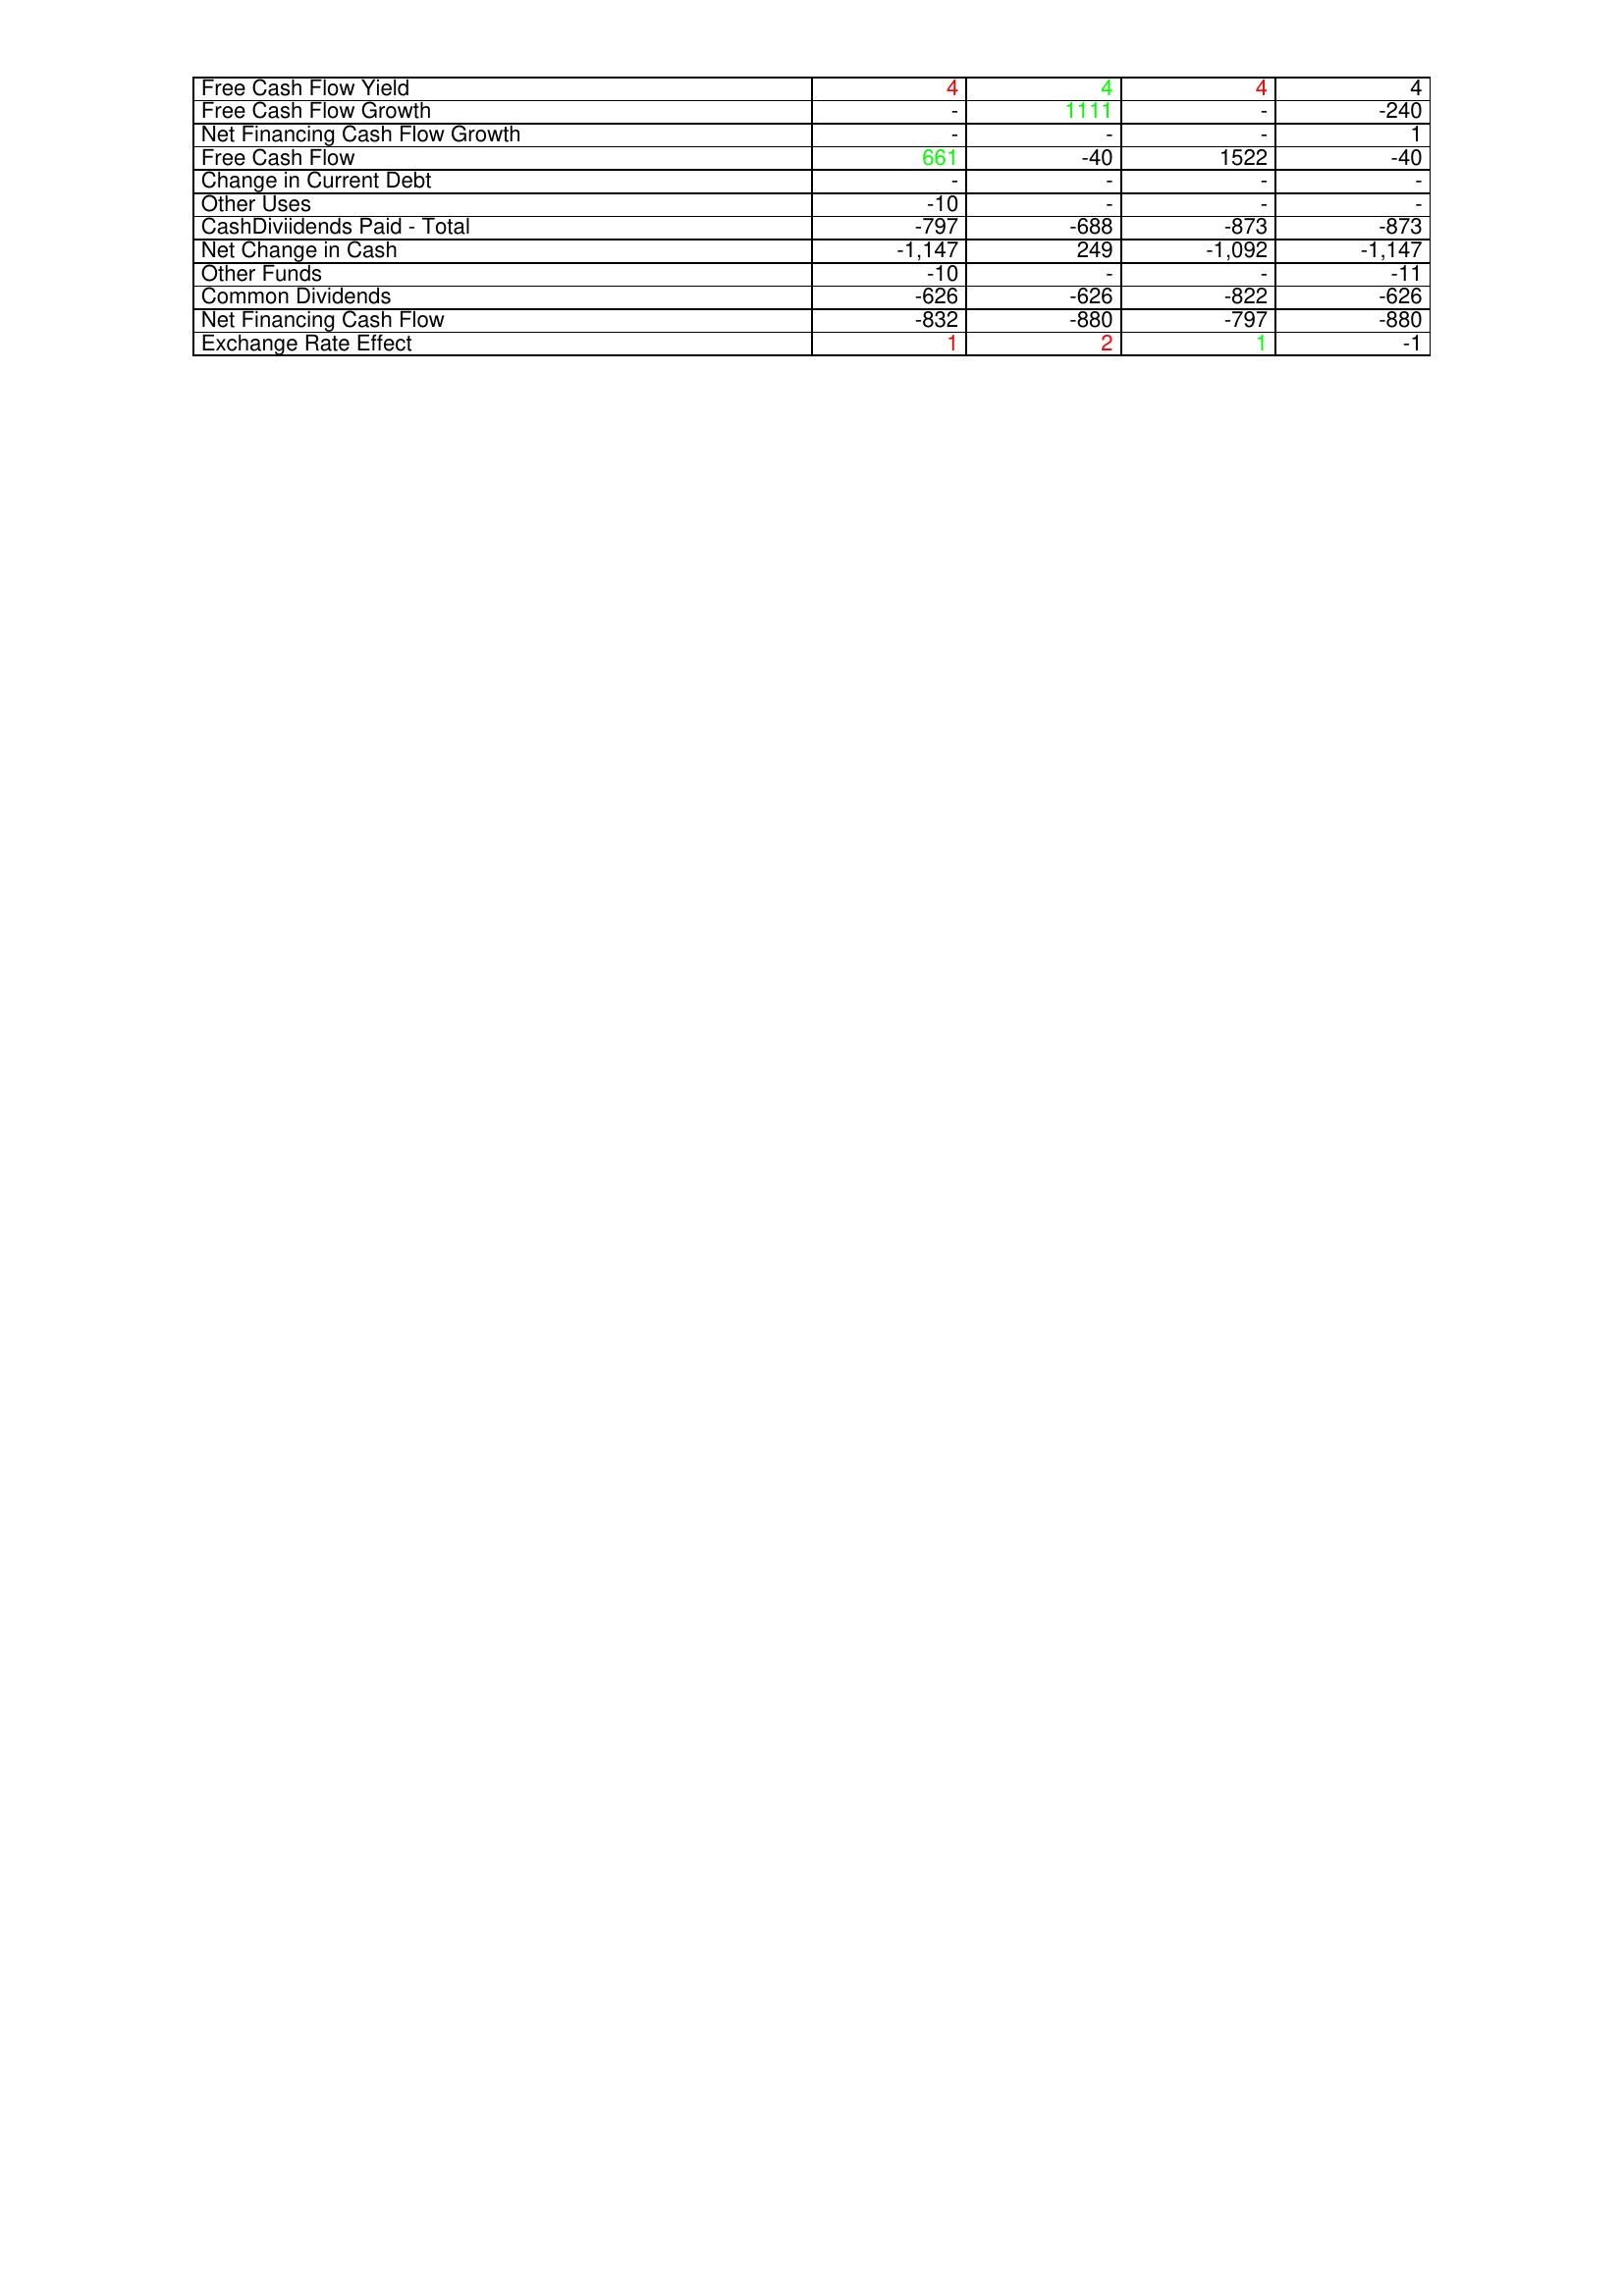
gt_parse: 2003: Financing Activities: Free Cash Flow Yield: 4
Free Cash Flow Growth: -
Net Financing Cash Flow Growth: -
Free Cash Flow: 661
Change in Current Debt: -
Other Uses: -10
CashDiviidends Paid - Total: -797
Net Change in Cash: -1,147
Other Funds: -10
Common Dividends: -626
Net Financing Cash Flow: -832
Exchange Rate Effect: 1
2004: Financing Activities: Free Cash Flow Yield: 4
Free Cash Flow Growth: 1111
Net Financing Cash Flow Growth: -
Free Cash Flow: -40
Change in Current Debt: -
Other Uses: -
CashDiviidends Paid - Total: -688
Net Change in Cash: 249
Other Funds: -
Common Dividends: -626
Net Financing Cash Flow: -880
Exchange Rate Effect: 2
2005: Financing Activities: Free Cash Flow Yield: 4
Free Cash Flow Growth: -
Net Financing Cash Flow Growth: -
Free Cash Flow: 1522
Change in Current Debt: -
Other Uses: -
CashDiviidends Paid - Total: -873
Net Change in Cash: -1,092
Other Funds: -
Common Dividends: -822
Net Financing Cash Flow: -797
Exchange Rate Effect: 1
2006: Financing Activities: Free Cash Flow Yield: 4
Free Cash Flow Growth: -240
Net Financing Cash Flow Growth: 1
Free Cash Flow: -40
Change in Current Debt: -
Other Uses: -
CashDiviidends Paid - Total: -873
Net Change in Cash: -1,147
Other Funds: -11
Common Dividends: -626
Net Financing Cash Flow: -880
Exchange Rate Effect: -1